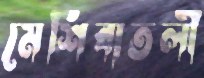
মেশিবাতলী